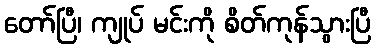
တော်ပြီ၊ ကျုပ် မင်းကို စိတ်ကုန်သွားပြီ